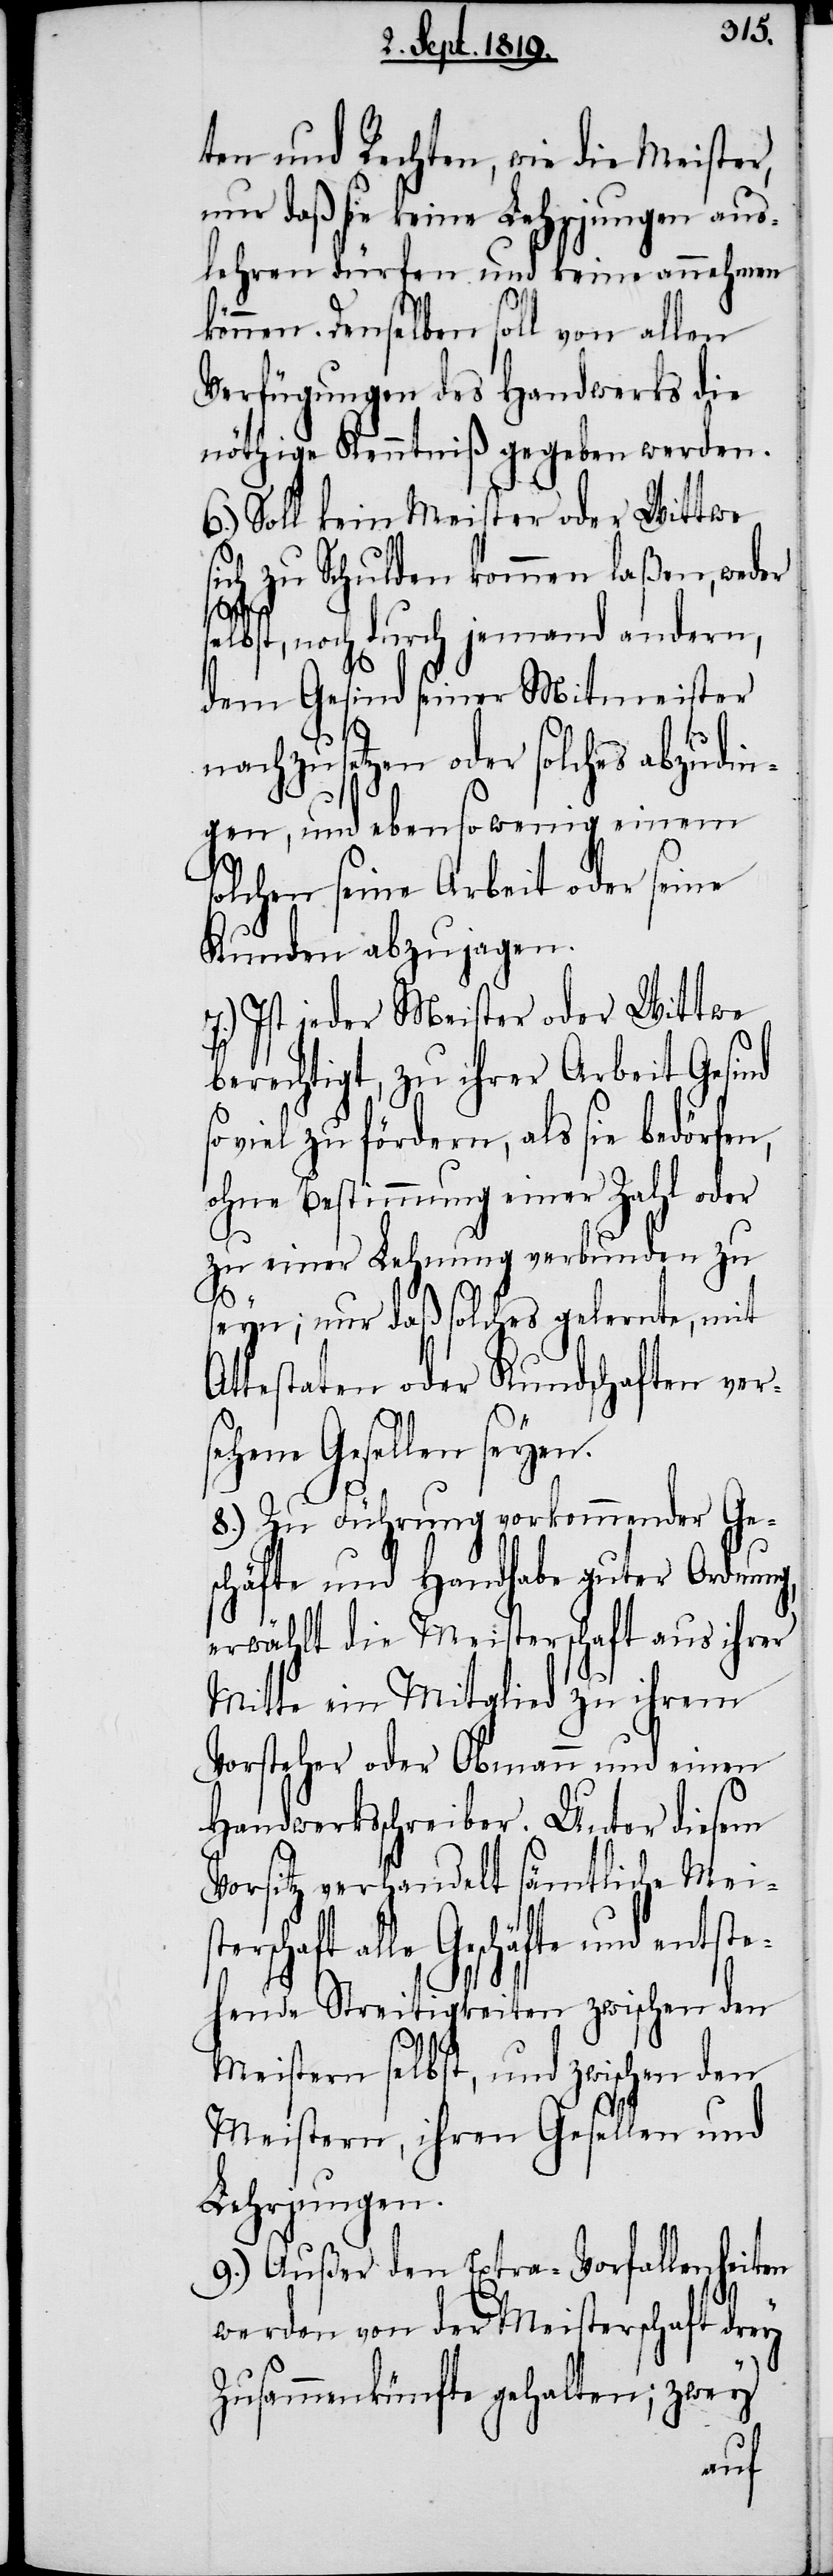
ten und Rechten, wie die Meister,
nur daß sie keine Lehrjungen aus¬
lehren dürfen und keine annehmen
können. Denselben soll von allen
Verfügugen des Handwerks die
nöthige Kenntniß gegeben werden.
6.) Soll kein Meister oder Wittwe
sich zu Schulden kommen laßen, weder
selbst, noch durch jemand andern,
dem Gesind seiner Mitmeister
nachzusetzen oder solches abzudin¬
gen, und ebensowenig einem
solchen seine Arbeit oder seine
Kunden abzujagen.
7.) Ist jeder Meister oder Wittwe
berechtigt, zu ihrer Arbeit Gesind
viel zu fördern, als sie bedörfen,
ohne Bestimmung einer Zahl oder
zu einer Lehnung verbunden zu
A¬
seyn; nur daß solches gelernte, mit
ttestaten oder Kundschaften ver¬
sehene Gesellen seyen.
8.) Zu Führung vorkommender Ge¬
schäfte und Handhabe guter Ordnung,
erwählt die Meisterschaft aus ihrer
Mitte ein Mitglied zu ihrem
Vorsteher oder Obmann und einen
Handwerksschreiber. Unter diesem
Vorsitz verhandelt sämtliche Meis¬
Geschäfte und entste¬
hende Streitigkeiten zwischen den
Meistern selbst, und zwischen den
Meistern, ihren Gesellen und
Lehrjungen.
9.) Außer den Extra-Vorfallenheiten
werden von der Meisterschaft drey
Zusammenkünfte gehalten; zwey